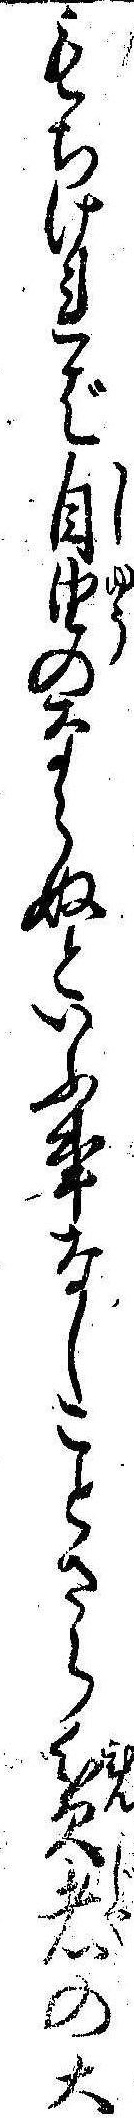
もちければ自由のならぬといふ事なしことさら貧者の大